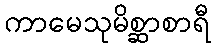
ကာမေသုမိစ္ဆာစာရီ